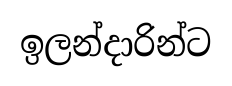
ඉලන්දාරින්ට